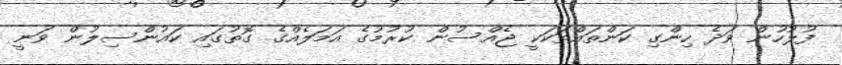
ފުލުހުން ވަދެ ހިންގި ކަންތައްތަކަކީ ޖެއްސުން ކުރުމުގެ އަމަލެއްގެ ގޮތުގައި ކައުންސިލުން ވަނީ